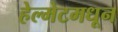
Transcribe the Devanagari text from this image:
हेल्मेटमधून